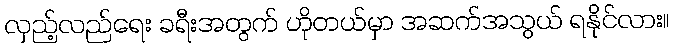
လှည့်လည်ရေး ခရီးအတွက် ဟိုတယ်မှာ အဆက်အသွယ် ရနိုင်လား။